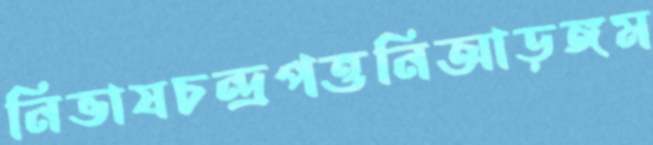
নিভাষচন্দ্রপত্তনিআড়ঙ্গম